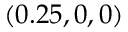
( 0 . 2 5 , 0 , 0 )